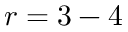
r = 3 - 4